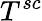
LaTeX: T^{sc}